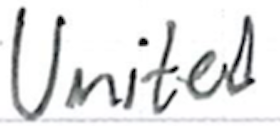
Text: United
Cross-out: clean
Writing tool: ballpoint